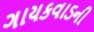
ગાયકવાડની